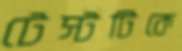
টেস্টটিকে